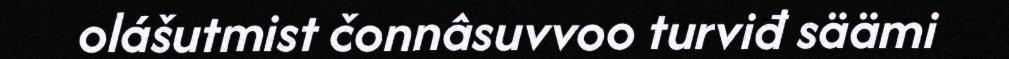
olášutmist čonnâsuvvoo turviđ säämi